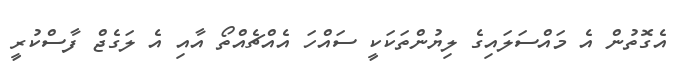
އެގޮތުން އެ މައްސަލައިގެ ލިޔުންތަކަކީ ސައްހަ އެއްޗެއްތޯ އާއި އެ ލަގެޖް ފާސްކުރީ